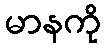
မာနကို